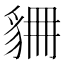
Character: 𧲾